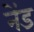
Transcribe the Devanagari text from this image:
नेंड